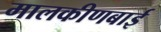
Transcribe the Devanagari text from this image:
मालकीणबाई